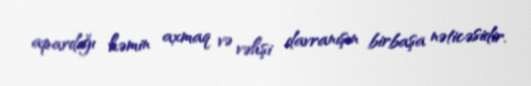
apardığı həmin axmaq və vəhşi davranışın birbaşa nəticəsidir.